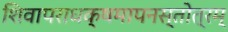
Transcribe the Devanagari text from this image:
शिवापराधक्षमापनस्तोत्रम्